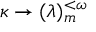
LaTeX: \kappa \rightarrow ( \lambda ) _ { m } ^ { < \omega }